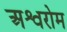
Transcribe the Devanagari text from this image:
अश्वरोम